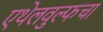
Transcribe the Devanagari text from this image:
एथेलवुल्फचा